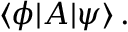
\langle \phi | { \boldsymbol { A } } | \psi \rangle \, .